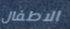
الاطفال